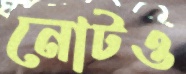
নোটও